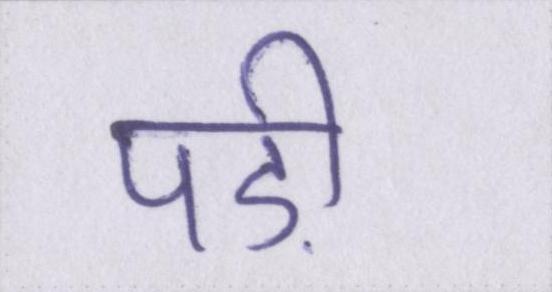
पड़ी